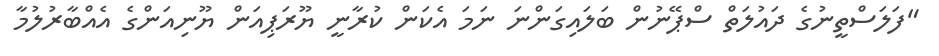
"ފަލަސްތީނުގެ ދައުލަތް ސްޕޭނުން ބަލައިގަންނަ ނަމަ އެކަން ކުރާނީ ޔޫރަޕިއަން ޔޫނިއަންގެ އެއްބާރުލުމާ